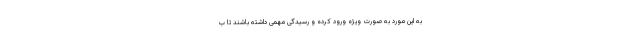
به این مورد به صورت ویژه ورود کرده و رسیدگی مهمی داشته باشند تا ب